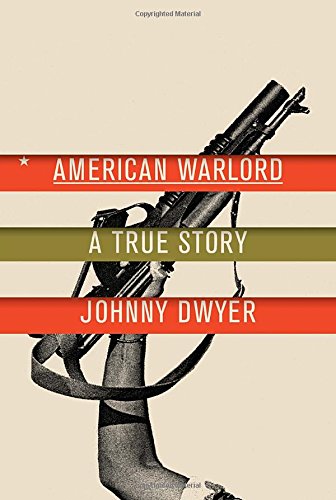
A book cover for American Warlord: A True Story; Johnny Dwyer; Biographies & Memoirs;